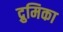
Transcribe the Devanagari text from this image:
द्रुमिका